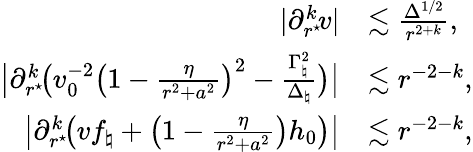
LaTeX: \begin{array}{rl}{|\partial_{r^{\star}\! }^{k}v|}&{\lesssim\frac{\Delta^{1/2}}{r^{2+k}},}\\ {\big|\partial_{r^{\star}\! }^{k}\big(v_{0}^{-2}\big(1-\frac{\eta}{r^{2}+a^{2}}\big)^{2}-\frac{\Gamma_{\natural}^{2}}{\Delta_{\natural}}\big)\big|}&{\lesssim r^{-2-k},}\\ {\big|\partial_{r^{\star}\! }^{k}\big(vf_{\natural}+\big(1-\frac{\eta}{r^{2}+a^{2}}\big)h_{0}\big)\big|}&{\lesssim r^{-2-k},}\end{array}